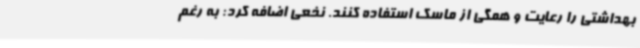
بهداشتی را رعایت و همگی از ماسک استفاده کنند. نخعی اضافه کرد: به رغم